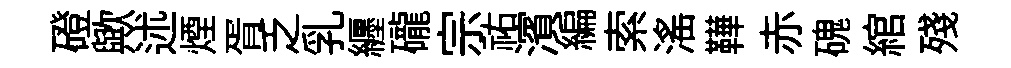
磴歟述煙胥乏乳纒礲宗祐濱編索滛鞾赤磈綰殘